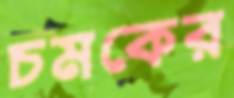
চমকের